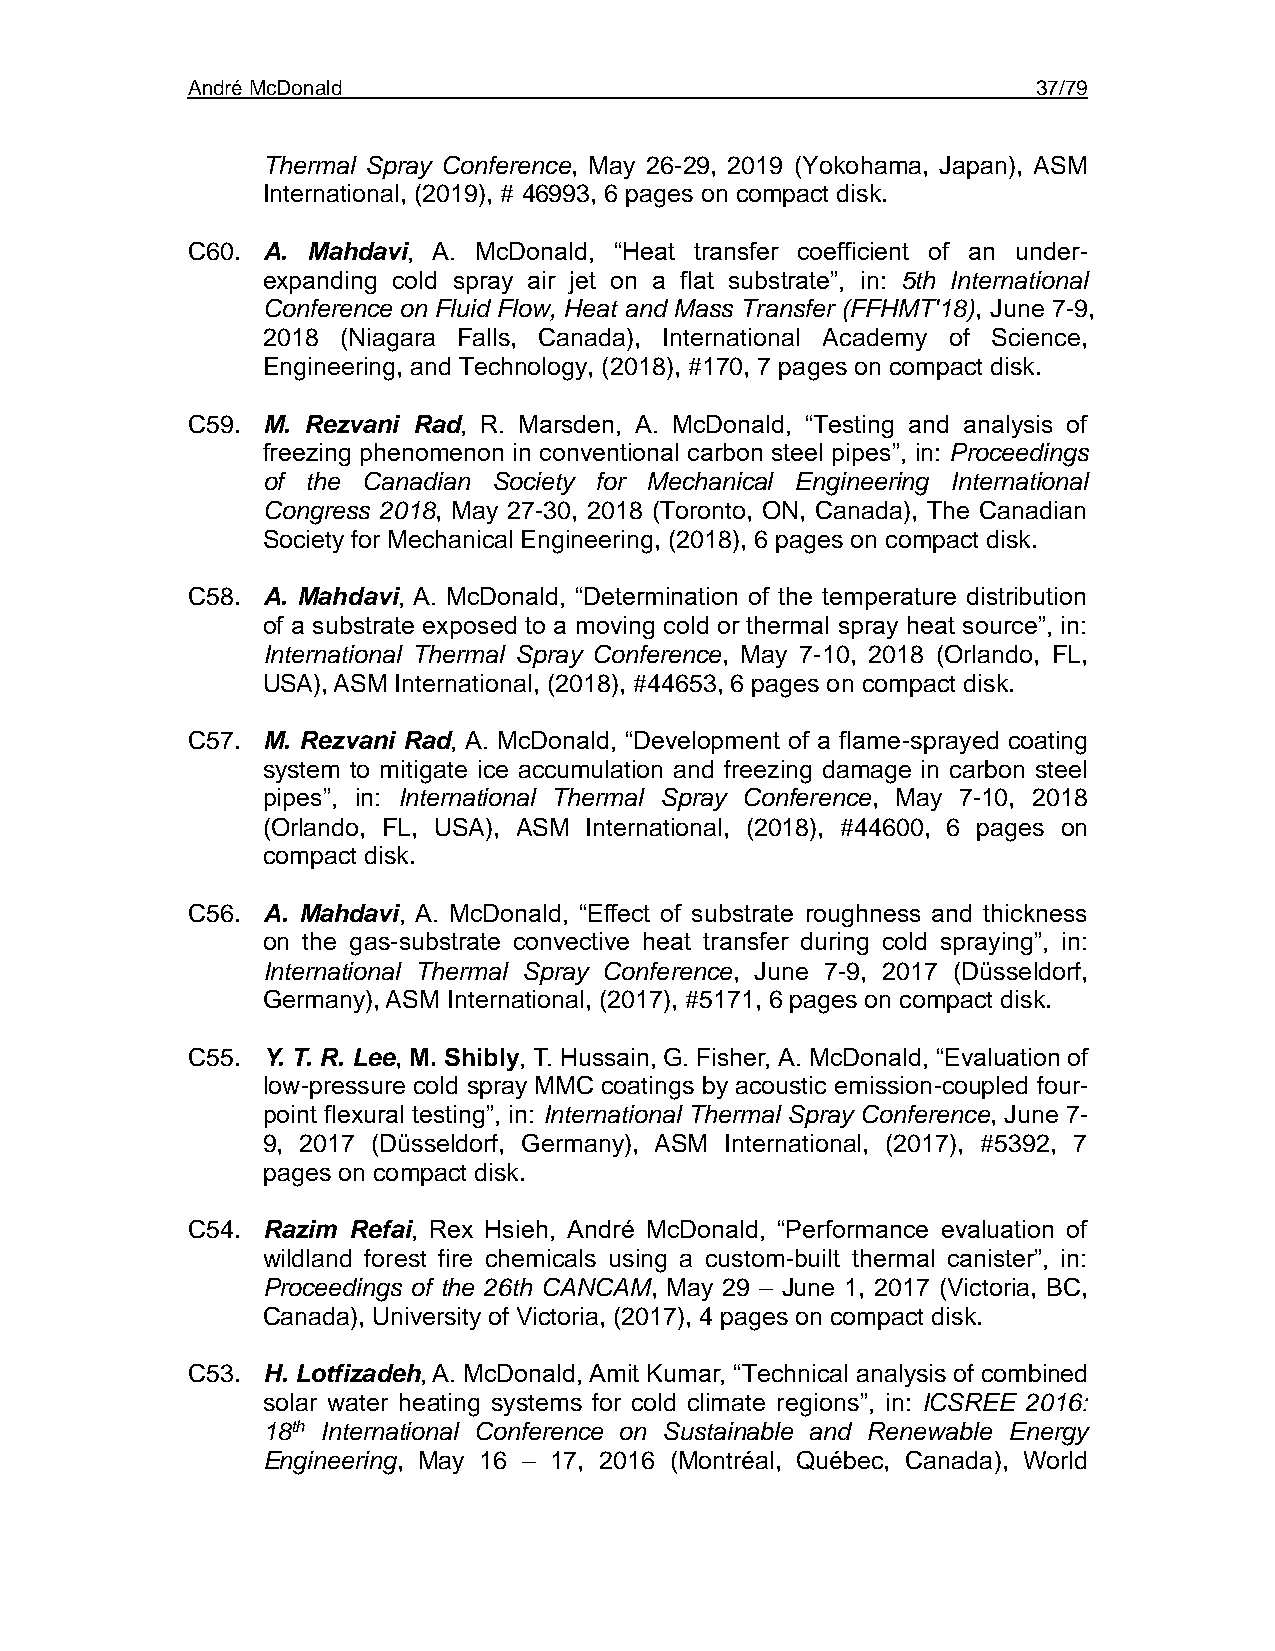
André McDonald                                           37/79
 Thermal Spray Conference, May 26-29, 2019 (Yokohama, Japan), ASM
 International, (2019), # 46993, 6 pages on compact disk.
 C60. A. Mahdavi, A. McDonald, “Heat transfer coefficient of an under-
 expanding cold spray air jet on a flat substrate”, in: 5th International
 Conference on Fluid Flow, Heat and Mass Transfer (FFHMT'18), June 7-9,
 2018  (Niagara Falls, Canada), International Academy of Science,
 Engineering, and Technology, (2018), #170, 7 pages on compact disk.
 C59. M. Rezvani Rad, R. Marsden, A. McDonald, “Testing and analysis of
 freezing phenomenon in conventional carbon steel pipes”, in: Proceedings
 of the Canadian Society for Mechanical Engineering International
 Congress 2018, May 27-30, 2018 (Toronto, ON, Canada), The Canadian
 Society for Mechanical Engineering, (2018), 6 pages on compact disk.
 C58. A. Mahdavi, A. McDonald, “Determination of the temperature distribution
 of a substrate exposed to a moving cold or thermal spray heat source”, in:
 International Thermal Spray Conference, May 7-10, 2018 (Orlando, FL,
 USA), ASM International, (2018), #44653, 6 pages on compact disk.
 C57. M. Rezvani Rad, A. McDonald, “Development of a flame-sprayed coating
 system to mitigate ice accumulation and freezing damage in carbon steel
 pipes”, in: International Thermal Spray Conference, May 7-10, 2018
 (Orlando, FL, USA), ASM International, (2018), #44600, 6 pages on
 compact disk.
 C56. A. Mahdavi, A. McDonald, “Effect of substrate roughness and thickness
 on the gas-substrate convective heat transfer during cold spraying”, in:
 International Thermal Spray Conference, June 7-9, 2017 (Düsseldorf,
 Germany), ASM International, (2017), #5171, 6 pages on compact disk.
 C55. Y. T. R. Lee, M. Shibly, T. Hussain, G. Fisher, A. McDonald, “Evaluation of
 low-pressure cold spray MMC coatings by acoustic emission-coupled four-
 point flexural testing”, in: International Thermal Spray Conference, June 7-
 9, 2017 (Düsseldorf, Germany), ASM International, (2017), #5392, 7
 pages on compact disk.
 C54. Razim Refai, Rex Hsieh, André McDonald, “Performance evaluation of
 wildland forest fire chemicals using a custom-built thermal canister”, in:
 Proceedings of the 26th CANCAM, May 29 – June 1, 2017 (Victoria, BC,
 Canada), University of Victoria, (2017), 4 pages on compact disk.
 C53. H. Lotfizadeh, A. McDonald, Amit Kumar, “Technical analysis of combined
 solar water heating systems for cold climate regions”, in: ICSREE 2016:
 18th International Conference on Sustainable and Renewable Energy
 Engineering, May 16 – 17, 2016 (Montréal, Québec, Canada), World